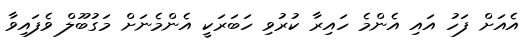
އެއަށް ފަހު އައި އެންމެ ހައިރާ ކުރުވި ހަބަރަކީ އެންމެނަށް މަގުބޫލް ވެފައިވާ